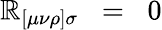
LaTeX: \mathbb{R}_{[\mu\nu\rho]\sigma}\; \; =\; \; 0